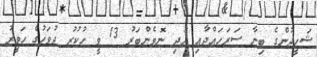
ޝަހީދުންގެ ބިނާ ސަރަހައްދާއި އަދި ނޮވެންބަރު 13 ވީ ހުކުރު ދުވަހުގެ ހަވީރު